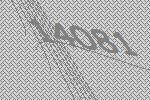
14081